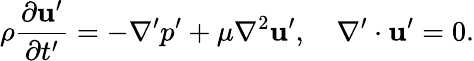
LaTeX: \rho\frac{\partial\mathbf{u}^{\prime}}{\partial t^{\prime}}=-\nabla^{\prime}p^{\prime}+\mu\nabla^{2}\mathbf{u}^{\prime},\ \ \ \ \nabla^{\prime}\cdot\mathbf{u}^{\prime}=0.